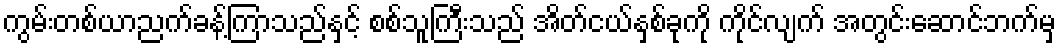
ကွမ်းတစ်ယာညက်ခန့်ကြာသည်နှင့် စစ်သူကြီးသည် အိတ်ငယ်နှစ်ခုကို ကိုင်လျက် အတွင်းဆောင်ဘက်မှ